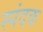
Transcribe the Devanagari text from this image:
स्पंदक